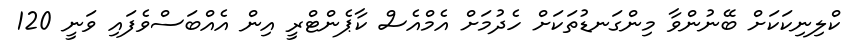
ކްލިނިކަކަށް ބޭނުންވާ މިންގަނޑުތަކަށް ހެދުމަށް އެމްއެސް ކާޕެންޓްރީ އިން އެއްބަސްވެފައި ވަނީ 120